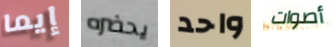
إيما يحضره واحد أصوات